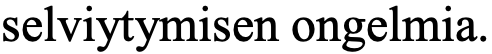
selviytymisen ongelmia.